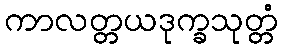
ကာလတ္တယဒုက္ခသုတ္တံ